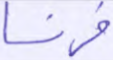
فرنسا